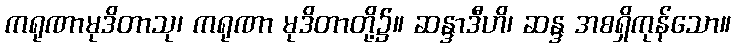
ကရုဏာမုဒိတာသု၊ ကရုဏာ မုဒိတာတို့၌။ ဆန္ဒာဒီဟိ၊ ဆန္ဒ အစရှိကုန်သော။